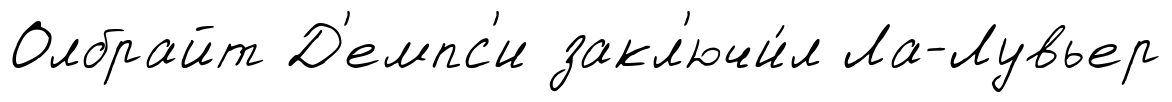
Олбрайт Д'емпс'и закл'ючи́л Ла-Лувьер